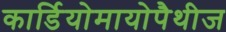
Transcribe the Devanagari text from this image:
कार्डियोमायोपैथीज